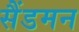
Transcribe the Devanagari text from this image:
सैंडमन